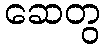
ဆေတွ